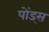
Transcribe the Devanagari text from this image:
पोंड्स